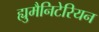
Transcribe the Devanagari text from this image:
ह्युमैनिटेरियन